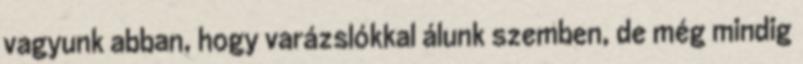
vagyunk abban, hogy varázslókkal álunk szemben, de még mindig